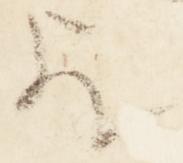
歟